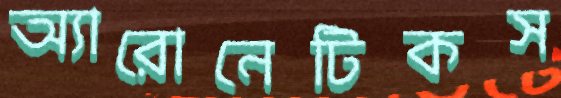
অ্যারোনেটিকস